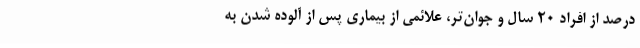
درصد از افراد 20 سال و جوان‌تر، علائمی از بیماری پس از آلوده شدن به